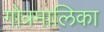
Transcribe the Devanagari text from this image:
गोत्रमालिका